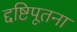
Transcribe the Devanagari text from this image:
द्दष्टिपूतना